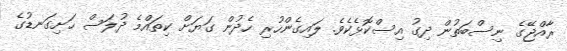
ރާއްޖޭގެ ނިސްބަތުން ދިގު އިސްކޮޅެކެވެ. ލައިގެންހުރި ހެދުން ގަޔަށް ކިތައްމެ ދުލަސް ހަށިގަނޑުގެ